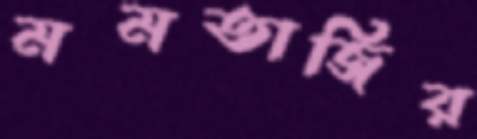
মমতাজির